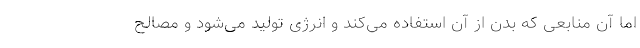
اما آن منابعی که بدن از آن استفاده می‌کند و انرژی تولید می‌شود و مصالح